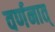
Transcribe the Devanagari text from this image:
वर्णनात्